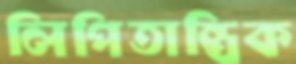
লিপিতান্ত্রিক